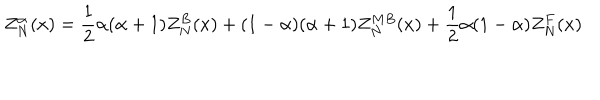
LaTeX: Z _ { N } ^ { \alpha } ( x ) = \frac { 1 } { 2 } \alpha ( \alpha + 1 ) Z _ { N } ^ { B } ( x ) + ( 1 - \alpha ) ( \alpha + 1 ) Z _ { N } ^ { M B } ( x ) + \frac { 1 } { 2 } \alpha ( 1 - \alpha ) Z _ { N } ^ { F } ( x )